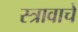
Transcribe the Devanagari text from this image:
स्त्रावाचे